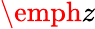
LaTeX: \emph{z}